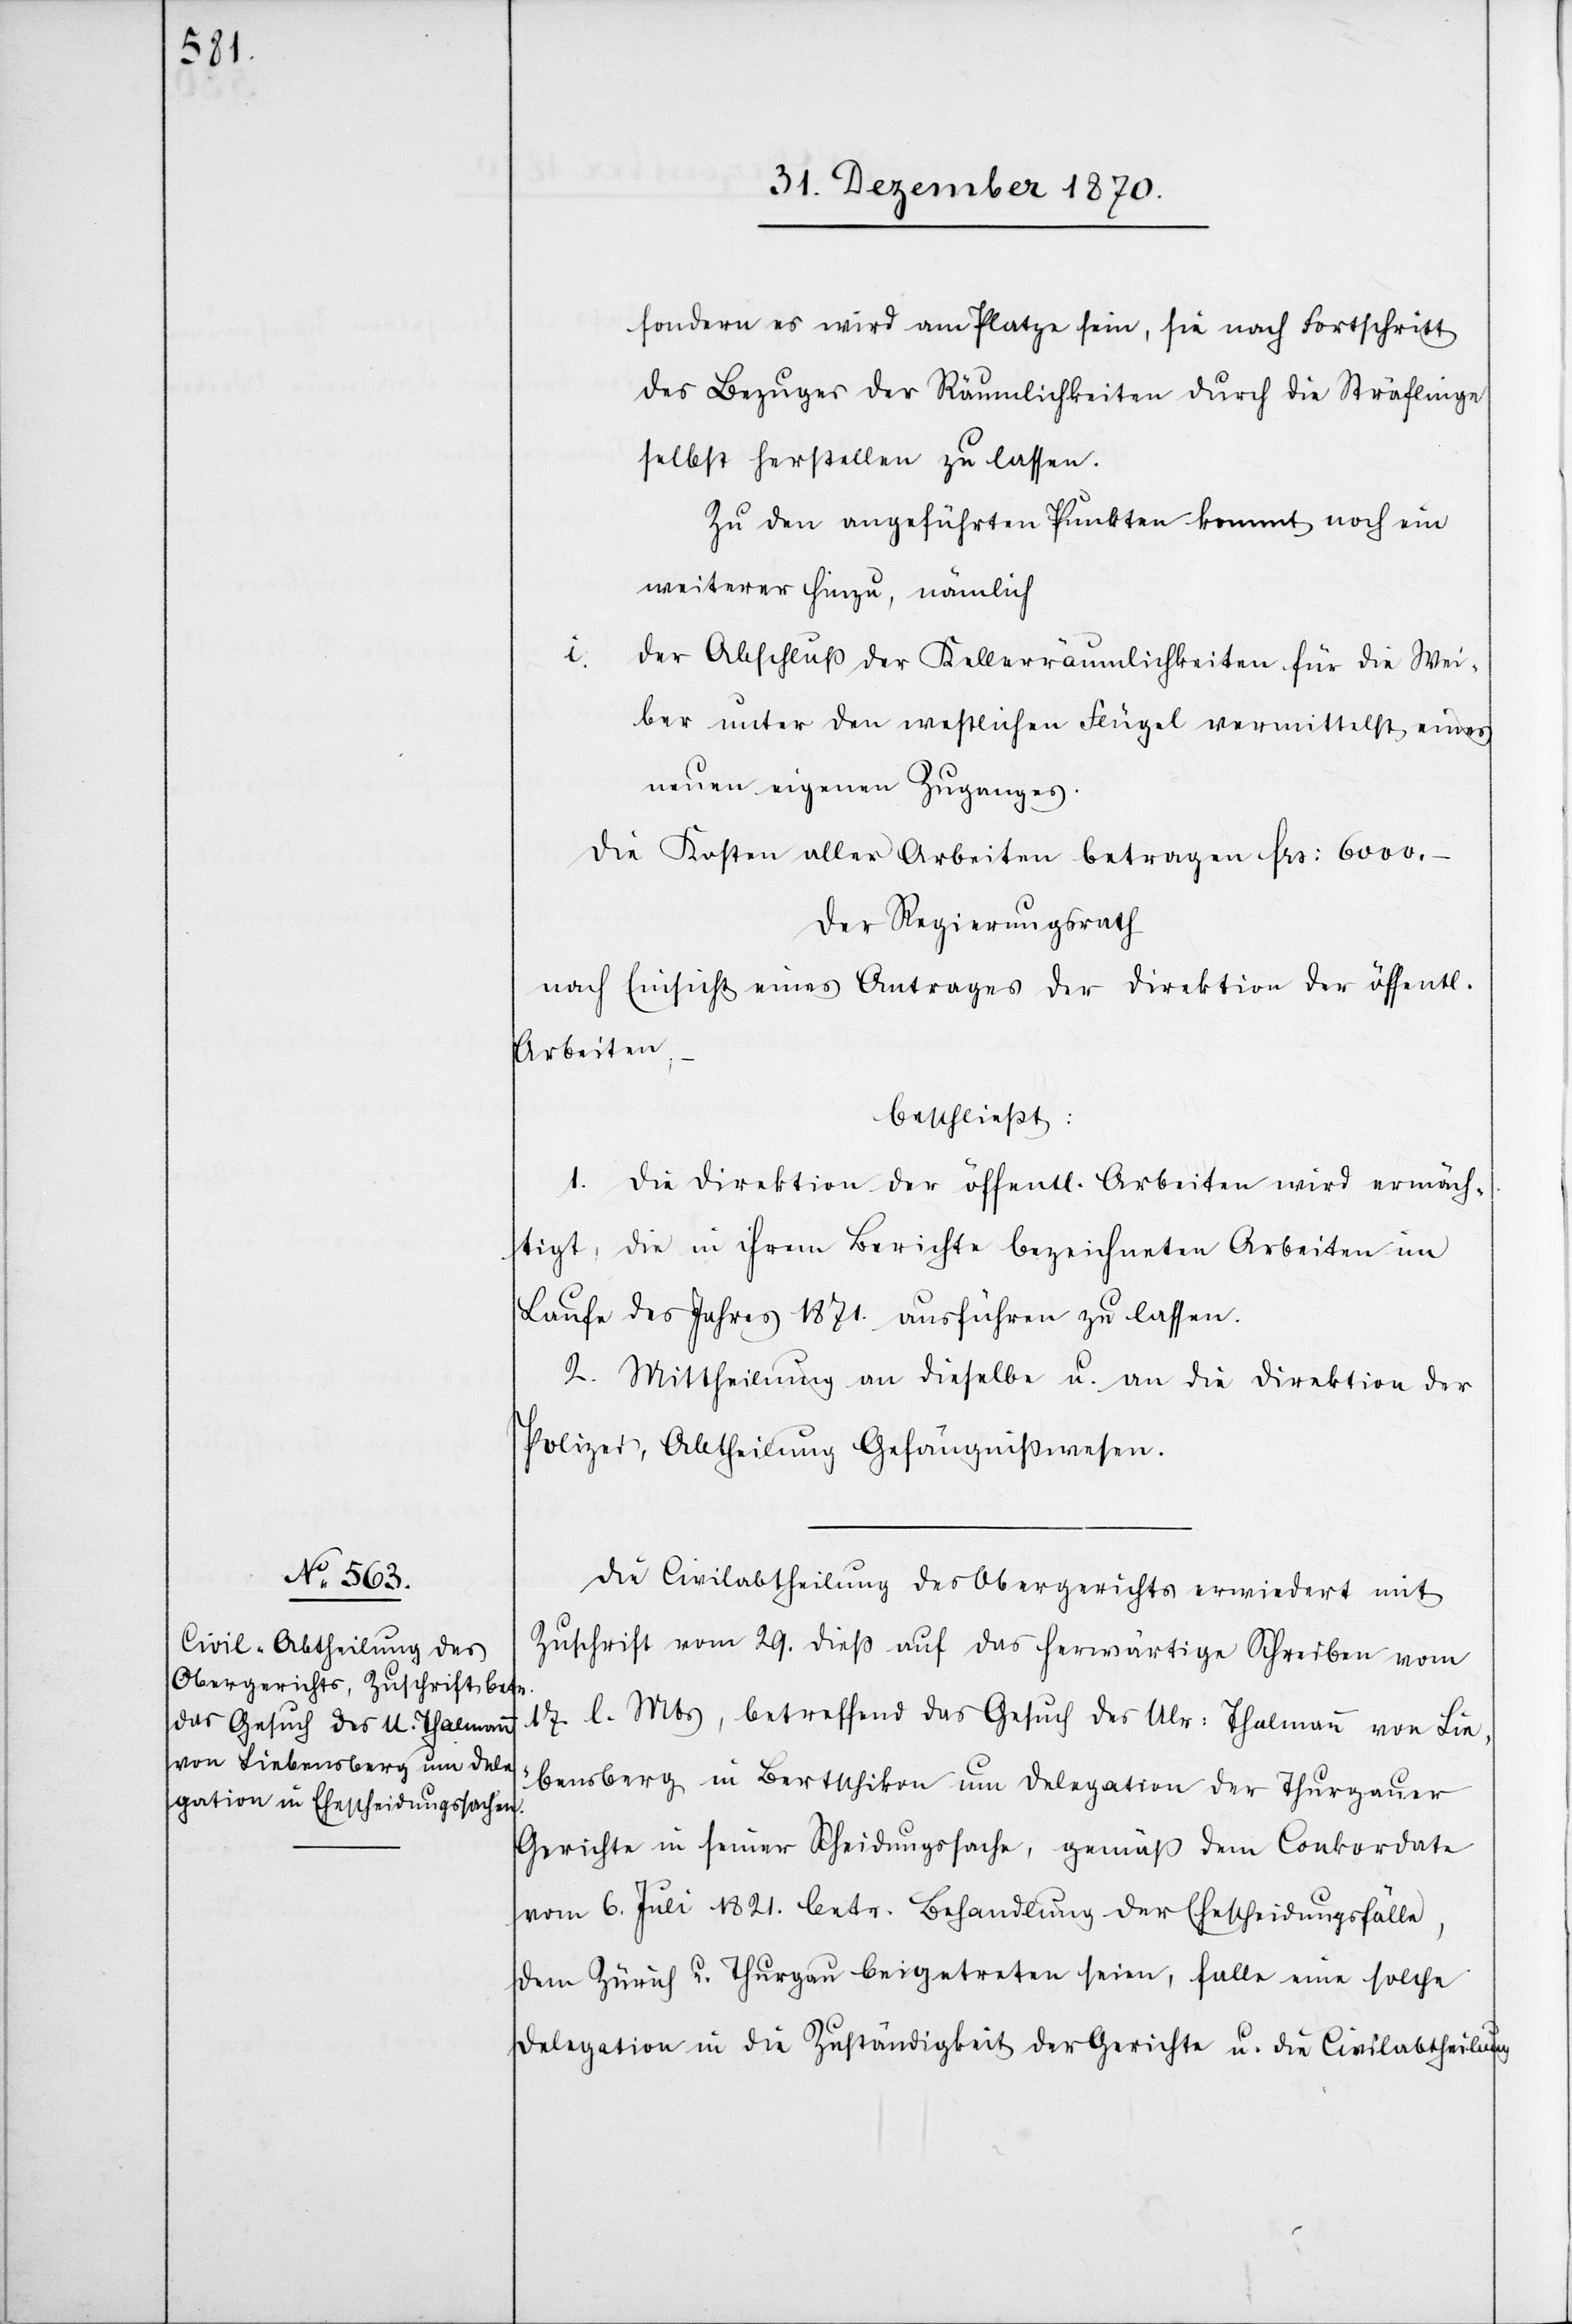
i.

sondern es wird am Platze sein, sie nach Fortschritt
des Bezuges der Räumlichkeiten durch die Sträflinge
selbst herstellen zu lassen.
Zu den angeführten Punkten kommt noch ein
weiterer hinzu, nämlich
der Abschluß der Kellerräumlichkeiten für die Wei¬
ber unter den westlichen Flügel vermittelst eines
neuen eigenen Zuganges.
Die Kosten aller Arbeiten betragen Frs: 6000.–
Der Regierungsrath
nach Einsicht eines Antrages eines Antrages der Direktion der öffentl.
Arbeiten,
beschließt:
1. Die Direktion der öffentl. Arbeiten wird ermäch¬
tigt, die in ihrem Berichte bezeichneten Arbeiten im
Laufe des Jahres 1871. ausführen zu lassen.
2. Mittheilung an dieselbe u. an die Direktion der
Polizei, Abtheilung Gefängnißwesen.
Die Civilabtheilung des Obergerichts erwiedert mit
Zuschrift vom 29. dieß auf das herwärtige Schreiben vom
17. l. Mts, betreffend das Gesuch des Ulr: Thalmann von Lie¬
bensberg in Bertschikon um Delegation der Thurgauer
Gerichte in seiner Scheidungssache, gemäß dem Conkordate
vom 6. Juli 1821. betr. Behandlung der Ehescheidungsfälle,
dem Zürich u. Thurgau beigetreten seien, falle eine solche
Delegation in die Zuständigkeit der Gerichte u. die Civilabtheilung